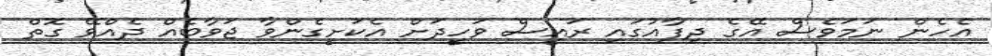
އެހެން ނަމަވެސް އޭގެ ދިފާއުގައި ރައީސް ވަހީދަށް އެކަށީގެންވާ ޖަވާބެއް ދެއްވޭ ގޮތް